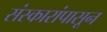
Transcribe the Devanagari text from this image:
संस्कारांपासून